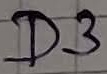
Text: D3